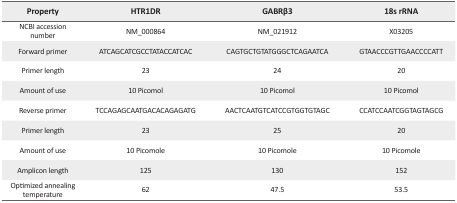
<table><thead><tr><td><b>Property</b></td><td><b>HTR1DR</b></td><td><b>GABRβ3</b></td><td><b>18s rRNA</b></td></tr></thead><tbody><tr><td>NCBI accession number</td><td>NM_000864</td><td>NM_021912</td><td>X03205</td></tr><tr><td>Forward primer</td><td>ATCAGCATCGCCTATACCATCAC</td><td>CAGTGCTGTATGGGCTCAGAATCA</td><td>GTAACCCGTTGAACCCCATT</td></tr><tr><td>Primer length</td><td>23</td><td>24</td><td>20</td></tr><tr><td>Amount of use</td><td>10 Picomol</td><td>10 Picomol</td><td>10 Picomol</td></tr><tr><td>Reverse primer</td><td>TCCAGAGCAATGACACAGAGATG</td><td>AACTCAATGTCATCCGTGGTGTAGC</td><td>CCATCCAATCGGTAGTAGCG</td></tr><tr><td>Primer length</td><td>23</td><td>25</td><td>20</td></tr><tr><td>Amount of use</td><td>10 Picomole</td><td>10 Picomole</td><td>10 Picomole</td></tr><tr><td>Amplicon length</td><td>125</td><td>130</td><td>152</td></tr><tr><td>Optimized annealing temperature</td><td>62</td><td>47.5</td><td>53.5</td></tr></tbody></table>